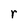
Character: r